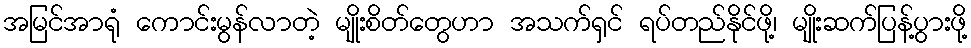
အမြင်အာရုံ ကောင်းမွန်လာတဲ့ မျိုးစိတ်တွေဟာ အသက်ရှင် ရပ်တည်နိုင်ဖို့၊ မျိုးဆက်ပြန့်ပွားဖို့